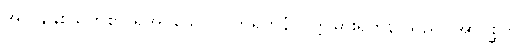
အလွန်နှစ်သက်စွာ ရှုအပ်သော။ ပကိရတနံ၊ ပတ္တမြားရတနာသည်။ အာဝစ္ဆတိ၊